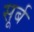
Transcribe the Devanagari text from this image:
सूर्ब